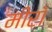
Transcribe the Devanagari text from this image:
मीराँ